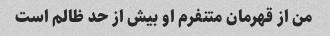
من از قهرمان متنفرم او بیش از حد ظالم است